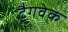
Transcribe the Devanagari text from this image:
टैगवेक